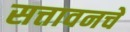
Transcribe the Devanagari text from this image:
सत्तावनचे